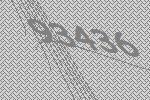
93436